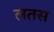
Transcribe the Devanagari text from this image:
लतस